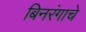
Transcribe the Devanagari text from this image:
बिनरंगाचे